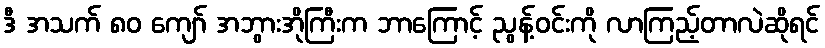
ဒီ အသက် ၈၀ ကျော် အဘွားအိုကြီးက ဘာကြောင့် ညွန့်ဝင်းကို လာကြည့်တာလဲဆိုရင်